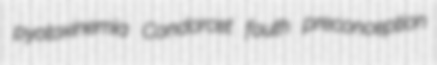
pyotoxinemia Condorcet fouth preconception